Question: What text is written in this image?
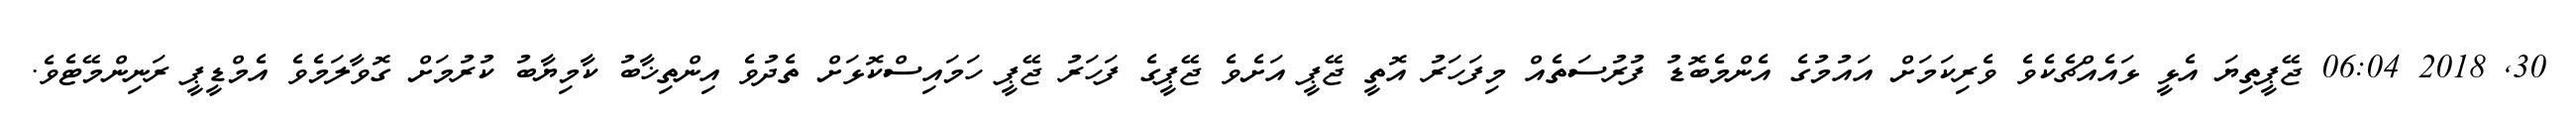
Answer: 30, 2018 06:04 ޖޭޕީތިޔަ އެޅީ ޅައެއްޗެކެވެ ވެރިކަމަށް އައުމުގެ އެންމެބޮޑު ފުރުސަތެއް މިފަހަރު އޮތީ ޖޭޕީ އަށެވެ ޖޭޕީގެ ފަހަރު ޖޭޕީ ހަމައިސްކޮޅަށް ތެދުވެ އިންތިޚާބު ކާމިޔާބު ކުރުމަށް ގޮވާލަމެވެ އެމްޑީޕީ ރަނިންމޭޓެވެ.